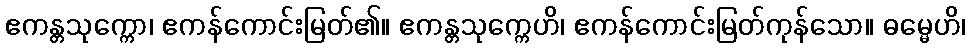
ဧကန္တသုက္ကော၊ ဧကန်ကောင်းမြတ်၏။ ဧကန္တသုက္ကေဟိ၊ ဧကန်ကောင်းမြတ်ကုန်သော။ ဓမ္မေဟိ၊